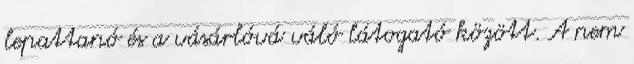
lepattanó és a vásárlóvá váló látogató között. A nem